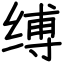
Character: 缚